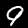
Label: 9